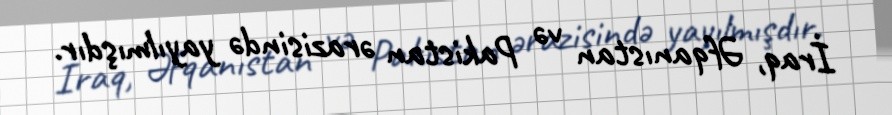
İraq, Əfqanıstan və Pakistan ərazisində yayılmışdır.